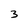
Character: 3